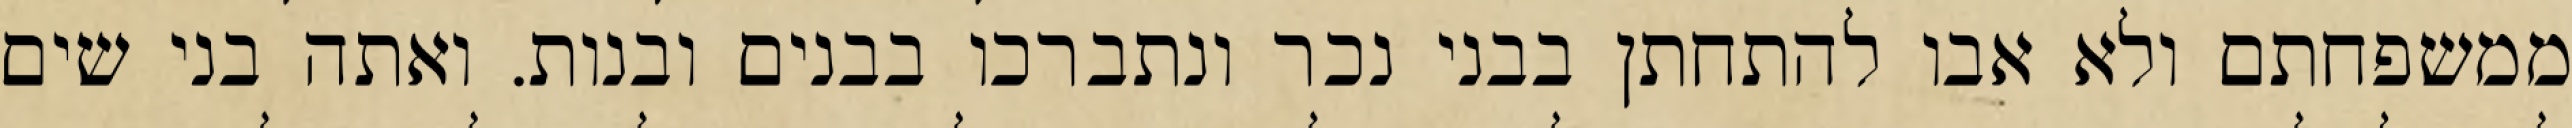
ממשפחתם ולא אבו להתחתן בבני נכר ונתברכו בבנים ובנות. ואתה בני שים